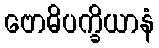
ဗောဓိပက္ခိယာနံ